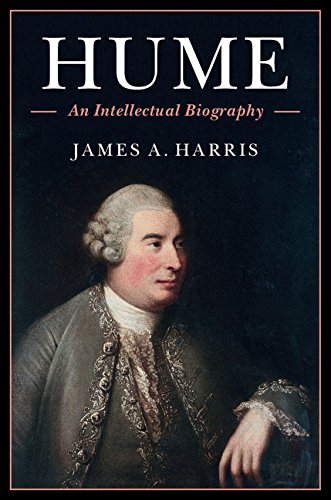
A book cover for Hume: An Intellectual Biography; James A. Harris; Biographies & Memoirs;